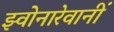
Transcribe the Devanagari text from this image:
झ्वोनारेवानीं